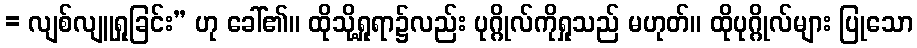
= လျစ်လျူရှုခြင်း” ဟု ခေါ်၏။ ထိုသို့ရှုရာ၌လည်း ပုဂ္ဂိုလ်ကိုရှုသည် မဟုတ်။ ထိုပုဂ္ဂိုလ်များ ပြုသော